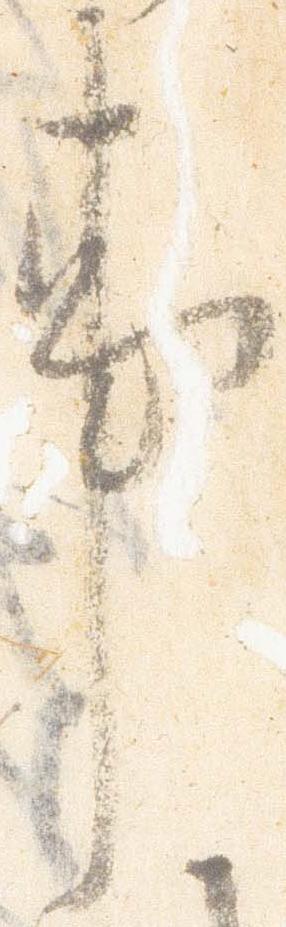
事